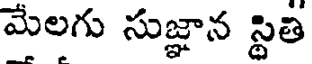
మేలగు సుజ్ఞాన స్థితి